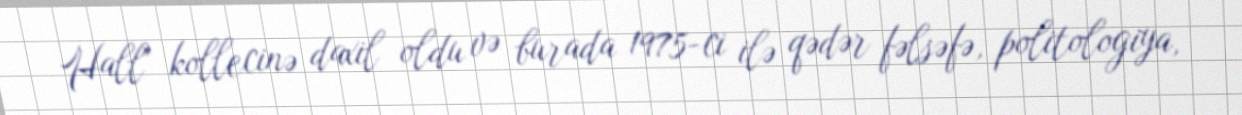
Hall" kollecinə daxil oldu və burada 1975-ci ilə qədər fəlsəfə, politologiya,